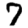
Digit: 7